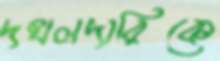
দখলদারিকে